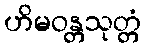
ဟိမဝန္တသုတ္တံ